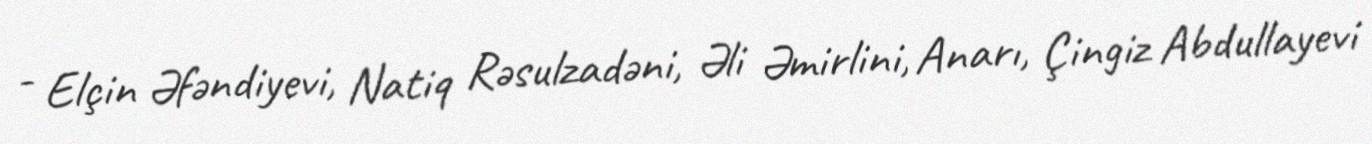
- Elçin Əfəndiyevi, Natiq Rəsulzadəni, Əli Əmirlini, Anarı, Çingiz Abdullayevi